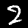
Label: 2